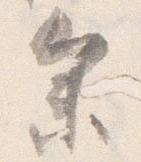
参